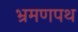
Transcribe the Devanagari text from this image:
भ्रमणपथ